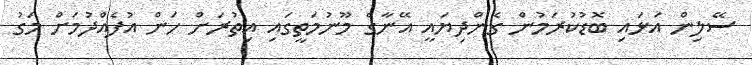
ސޭލިން އަޅައި ބޮޑުކުރަމުން ގެންދިޔައީ އޭނާގެ މޫނުމަތީގައި އިތުރަށް ހަން އުފެއްދުމަށް މަގު